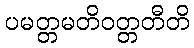
ပမတ္တမတိဝတ္တတီတိ